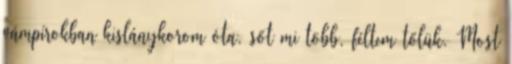
vámpírokban kislánykorom óta, sőt mi több, féltem tőlük. Most